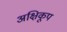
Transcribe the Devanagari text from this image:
अक्षिकूप